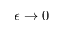
\epsilon \rightarrow 0